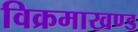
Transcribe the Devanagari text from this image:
विक्रमाखण्ड